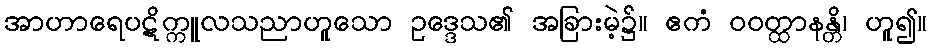
အာဟာရေပဋိက္ကူလသညာဟူသော ဥဒ္ဒေသ၏ အခြားမဲ့၌။ ဧကံ ဝဝတ္ထာနန္တိ၊ ဟူ၍။